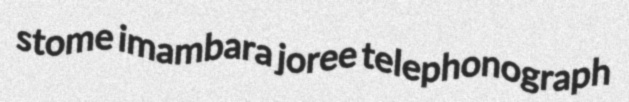
stome imambara joree telephonograph